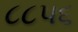
૮૮૫૬